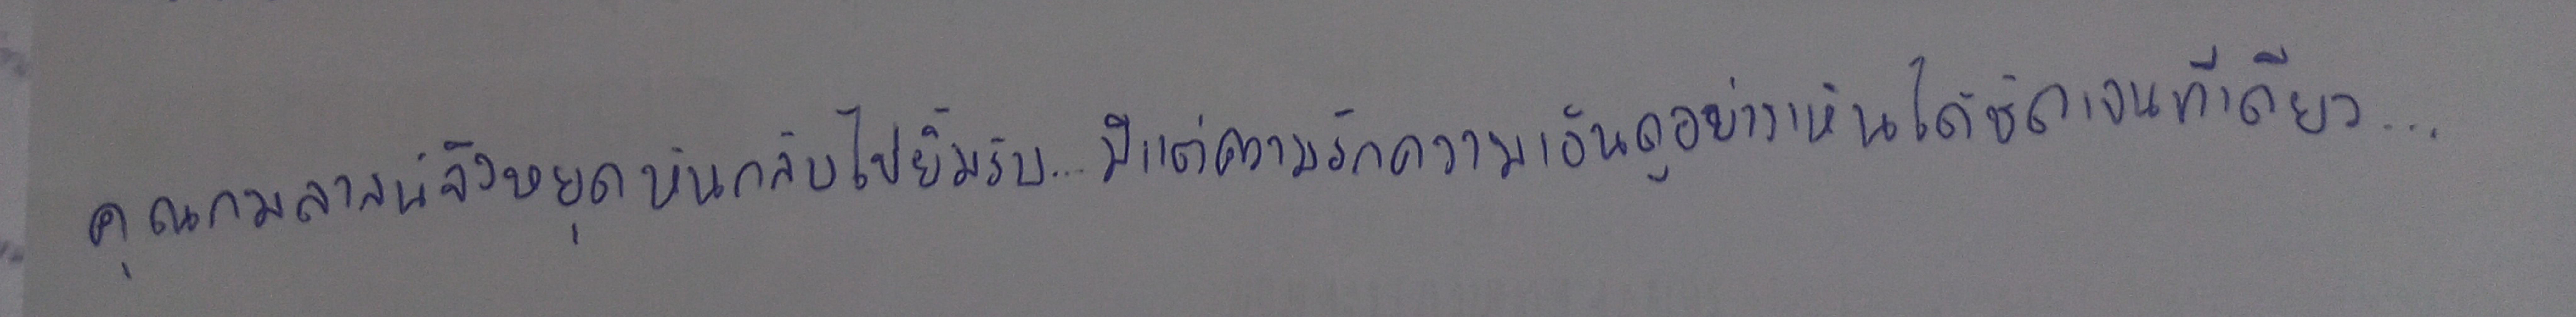
คุณกมลาสน์จึงหยุดหันกลับไปยิ้มรับ...มีแต่ความรักความเอ็นดูอย่างเห็นได้ชัดเจนทีเดียว...